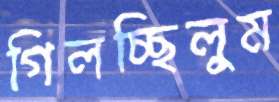
গিলচ্ছিলুম